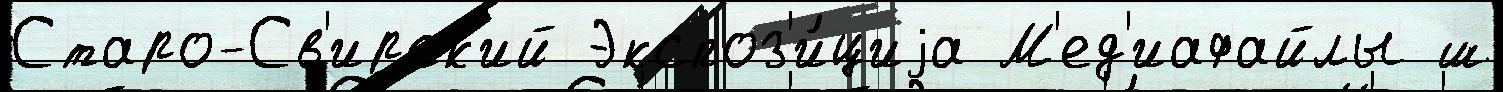
Старо-Св'ирск'ий Экспоз'и́циjа М'ед'иафайлы ш